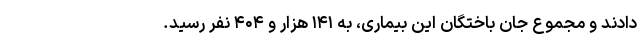
دادند و مجموع جان باختگان این بیماری، به ۱۴۱ هزار و ۴۰۴ نفر رسید.